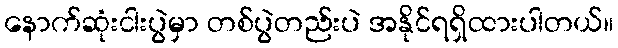
နောက်ဆုံးငါးပွဲမှာ တစ်ပွဲတည်းပဲ အနိုင်ရရှိထားပါတယ်။